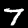
Digit: 7